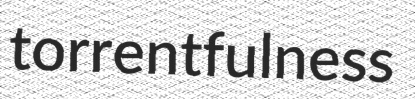
torrentfulness